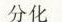
分化